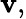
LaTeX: \mathbf{v},